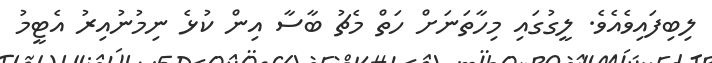
ލިބިފައިވެއެވެ. ލީގުގައި މިހާތަނަށް ހަތް މެޗު ބާސާ އިން ކުޅެ ނިމުނުއިރު އެޓީމު